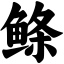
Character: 鲦